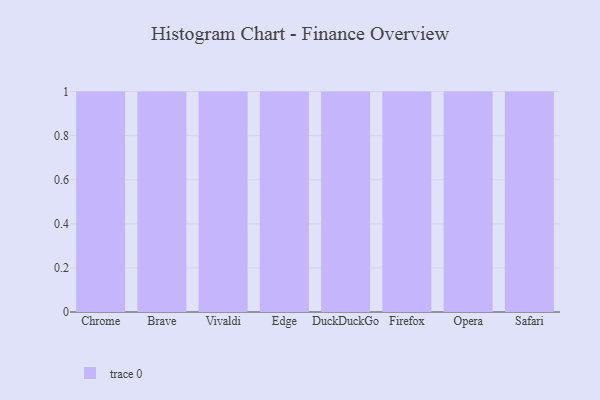
{"axis": {"x": "Browser", "y": "Satisfaction Score"}, "legend": [""], "data": [{"x": "Chrome", "y": 37, "type": ""}, {"x": "Brave", "y": 39, "type": ""}, {"x": "Vivaldi", "y": 32, "type": ""}, {"x": "Edge", "y": 6, "type": ""}, {"x": "DuckDuckGo", "y": 89, "type": ""}, {"x": "Firefox", "y": 54, "type": ""}, {"x": "Opera", "y": 40, "type": ""}, {"x": "Safari", "y": 3, "type": ""}]}